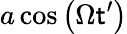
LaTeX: a\cos{\left(\Omega\mathsf{t}^{\prime}\right)}